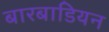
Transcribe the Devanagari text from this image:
बारबाडियन